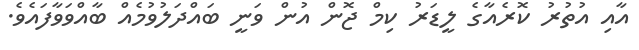
އާއި އުތުރު ކޮރެއާގެ ލީޑަރު ކިމް ޖޮން އުން ވަނީ ބައްދަލުވުމެއް ބާއްވަވާފައެވެ.